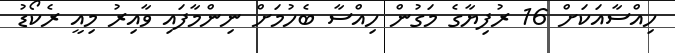
ހިއްސާއަކަށް 16 ރުފިޔާގެ މަގުން ހިއްސާ ބެހުމަށް ނިންމާފައި ވާއިރު މިއީ ރެކޯޑު